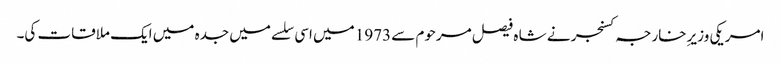
امریکی وزیرِ خارجہ کسنجر نے شا ه فیصل مرحوم سے 1973 میں اسی سلسے میں جدہ میں ایک ملاقات کی۔